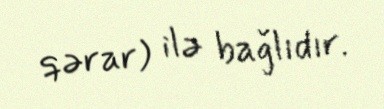
qərar) ilə bağlıdır.